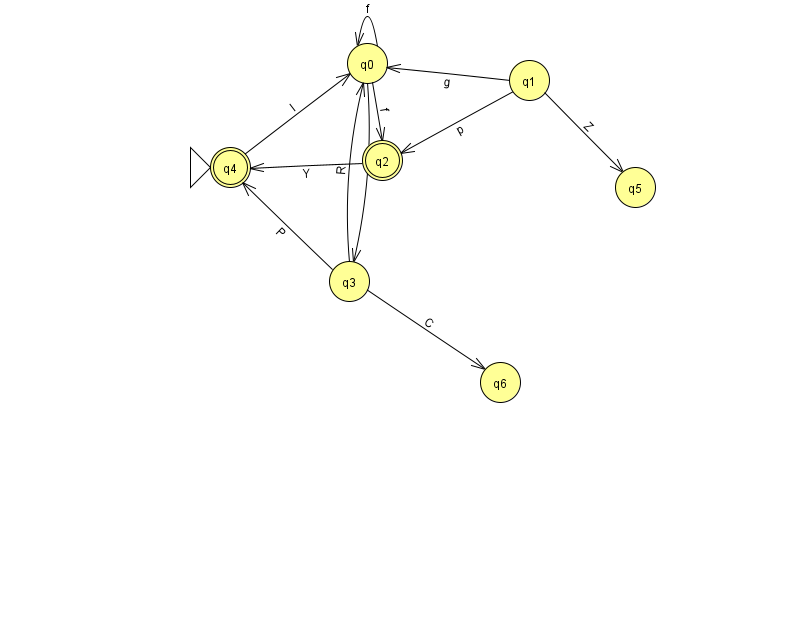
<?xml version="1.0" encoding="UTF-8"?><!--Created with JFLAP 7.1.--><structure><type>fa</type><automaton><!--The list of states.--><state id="0" name="q0"><x>367.0</x><y>50.0</y></state><state id="1" name="q1"><x>529.0</x><y>67.0</y></state><state id="2" name="q2"><x>382.0</x><y>147.0</y><final/></state><state id="3" name="q3"><x>349.0</x><y>268.0</y></state><state id="4" name="q4"><x>230.0</x><y>154.0</y><initial/><final/></state><state id="5" name="q5"><x>635.0</x><y>174.0</y></state><state id="6" name="q6"><x>500.0</x><y>369.0</y></state><!--The list of transitions.--><transition><from>0</from><to>3</to><read>P</read></transition><transition><from>1</from><to>5</to><read>Z</read></transition><transition><from>3</from><to>0</to><read>R</read></transition><transition><from>0</from><to>2</to><read>f</read></transition><transition><from>4</from><to>0</to><read>I</read></transition><transition><from>0</from><to>0</to><read>f</read></transition><transition><from>2</from><to>4</to><read>Y</read></transition><transition><from>1</from><to>2</to><read>p</read></transition><transition><from>1</from><to>0</to><read>g</read></transition><transition><from>3</from><to>4</to><read>P</read></transition><transition><from>3</from><to>6</to><read>C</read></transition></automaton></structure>